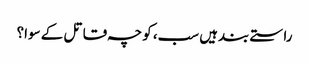
راستے بندہیں سب، کوچہ قاتل کے سوا؟